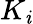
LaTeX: K_{\mathit{i}}